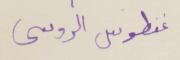
غنطوس الروسى